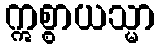
ဣစ္စာယသ္မာ